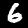
Label: 6